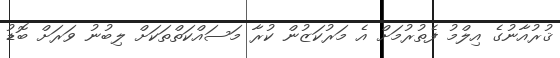
ޤުރުއާނުގެ އިލްމު ފެތުރުމަށް އެ މަރުކަޒުން ކުރާ މަސައްކަތްތަކަށް ލިބުނު ވަރަށް ބޮޑު